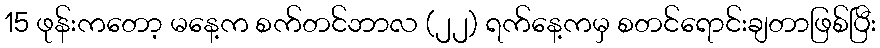
15 ဖုန်းကတော့ မနေ့က စက်တင်ဘာလ (၂၂) ရက်နေ့ကမှ စတင်ရောင်းချတာဖြစ်ပြီး